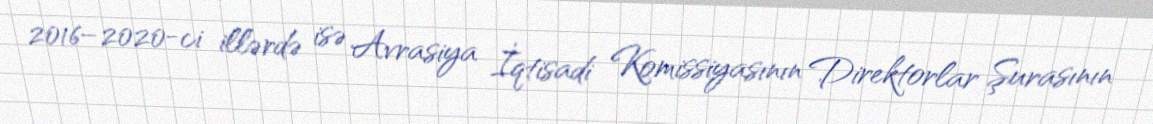
2016–2020-ci illərdə isə Avrasiya İqtisadi Komissiyasının Direktorlar Şurasının